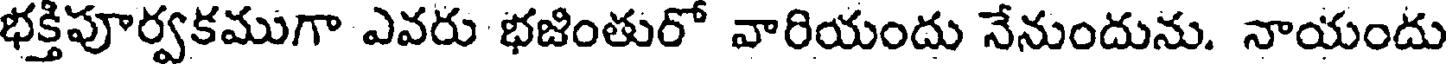
భక్తిపూర్వకముగా ఎవరు భజింతురో వారియందు నేనుందును. నాయందు